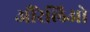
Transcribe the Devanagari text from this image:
औरेलिओ